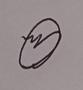
Signature authenticity: genuine